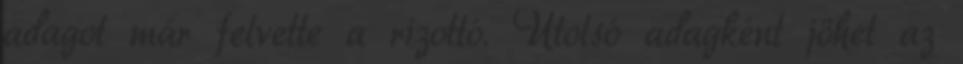
adagot már felvette a rizottó. Utolsó adagként jöhet az